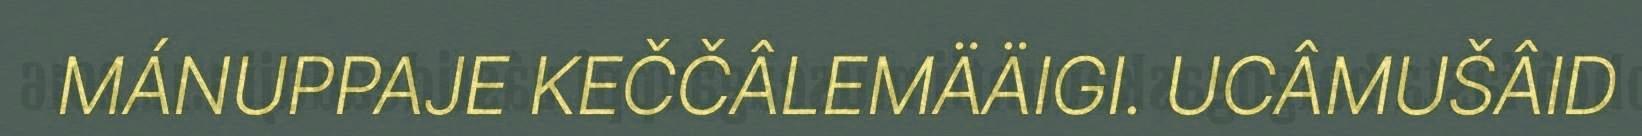
MÁNUPPAJE KEČČÂLEMÄÄIGI. UCÂMUŠÂID